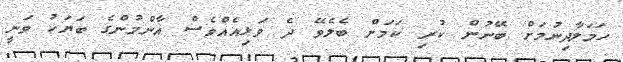
ހަމަލާދިނުމަށް ބޭނުން ކުރި ކަމަށް ބެލެވޭ ދެ ވަޅިއެއްވެސް އާންމުންގެ ބަޔަކު ވަނީ